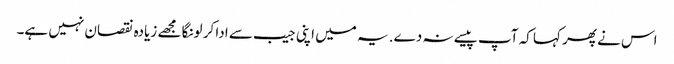
اس نے پھر کہا کہ آپ پیسے نہ دے. یہ میں اپنی جیب سے ادا کر لونگا مجھے زیادہ نقصان نہیں ہے۔